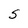
Character: S